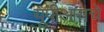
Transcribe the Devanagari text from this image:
यूपीआयचे